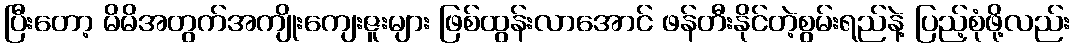
ပြီးတော့ မိမိအတွက်အကျိုးကျေးဇူးများ ဖြစ်ထွန်းလာအောင် ဖန်တီးနိုင်တဲ့စွမ်းရည်နဲ့ ပြည့်စုံဖို့လည်း